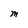
Character: M